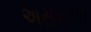
અસમતલ